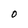
Character: 0